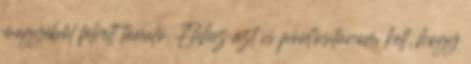
megyéből felvett tanuló. Ehhez azt is pontosítanom kell, hogy